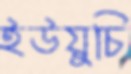
ইউয়ুচি